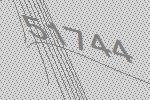
51744